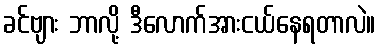
ခင်ဗျား ဘာလို့ ဒီလောက်အားငယ်နေရတာလဲ။